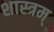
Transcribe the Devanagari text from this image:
शास्त्रम्